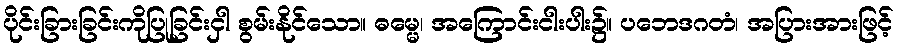
ပိုင်းခြားခြင်းကိုပြုခြင်းငှါ စွမ်းနိုင်သော။ ဓမ္မေ၊ အကြောင်းငါးပါး၌။ ပဘေဒဂတံ၊ အပြားအားဖြင့်